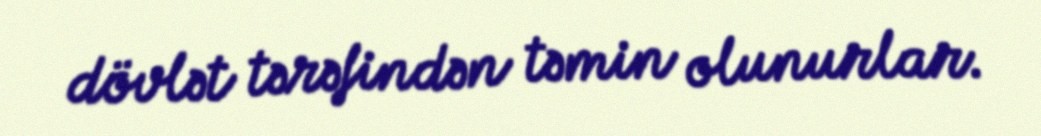
dövlət tərəfindən təmin olunurlar.